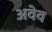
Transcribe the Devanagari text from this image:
अवेव